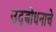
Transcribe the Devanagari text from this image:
उद्‌बोधनाचे